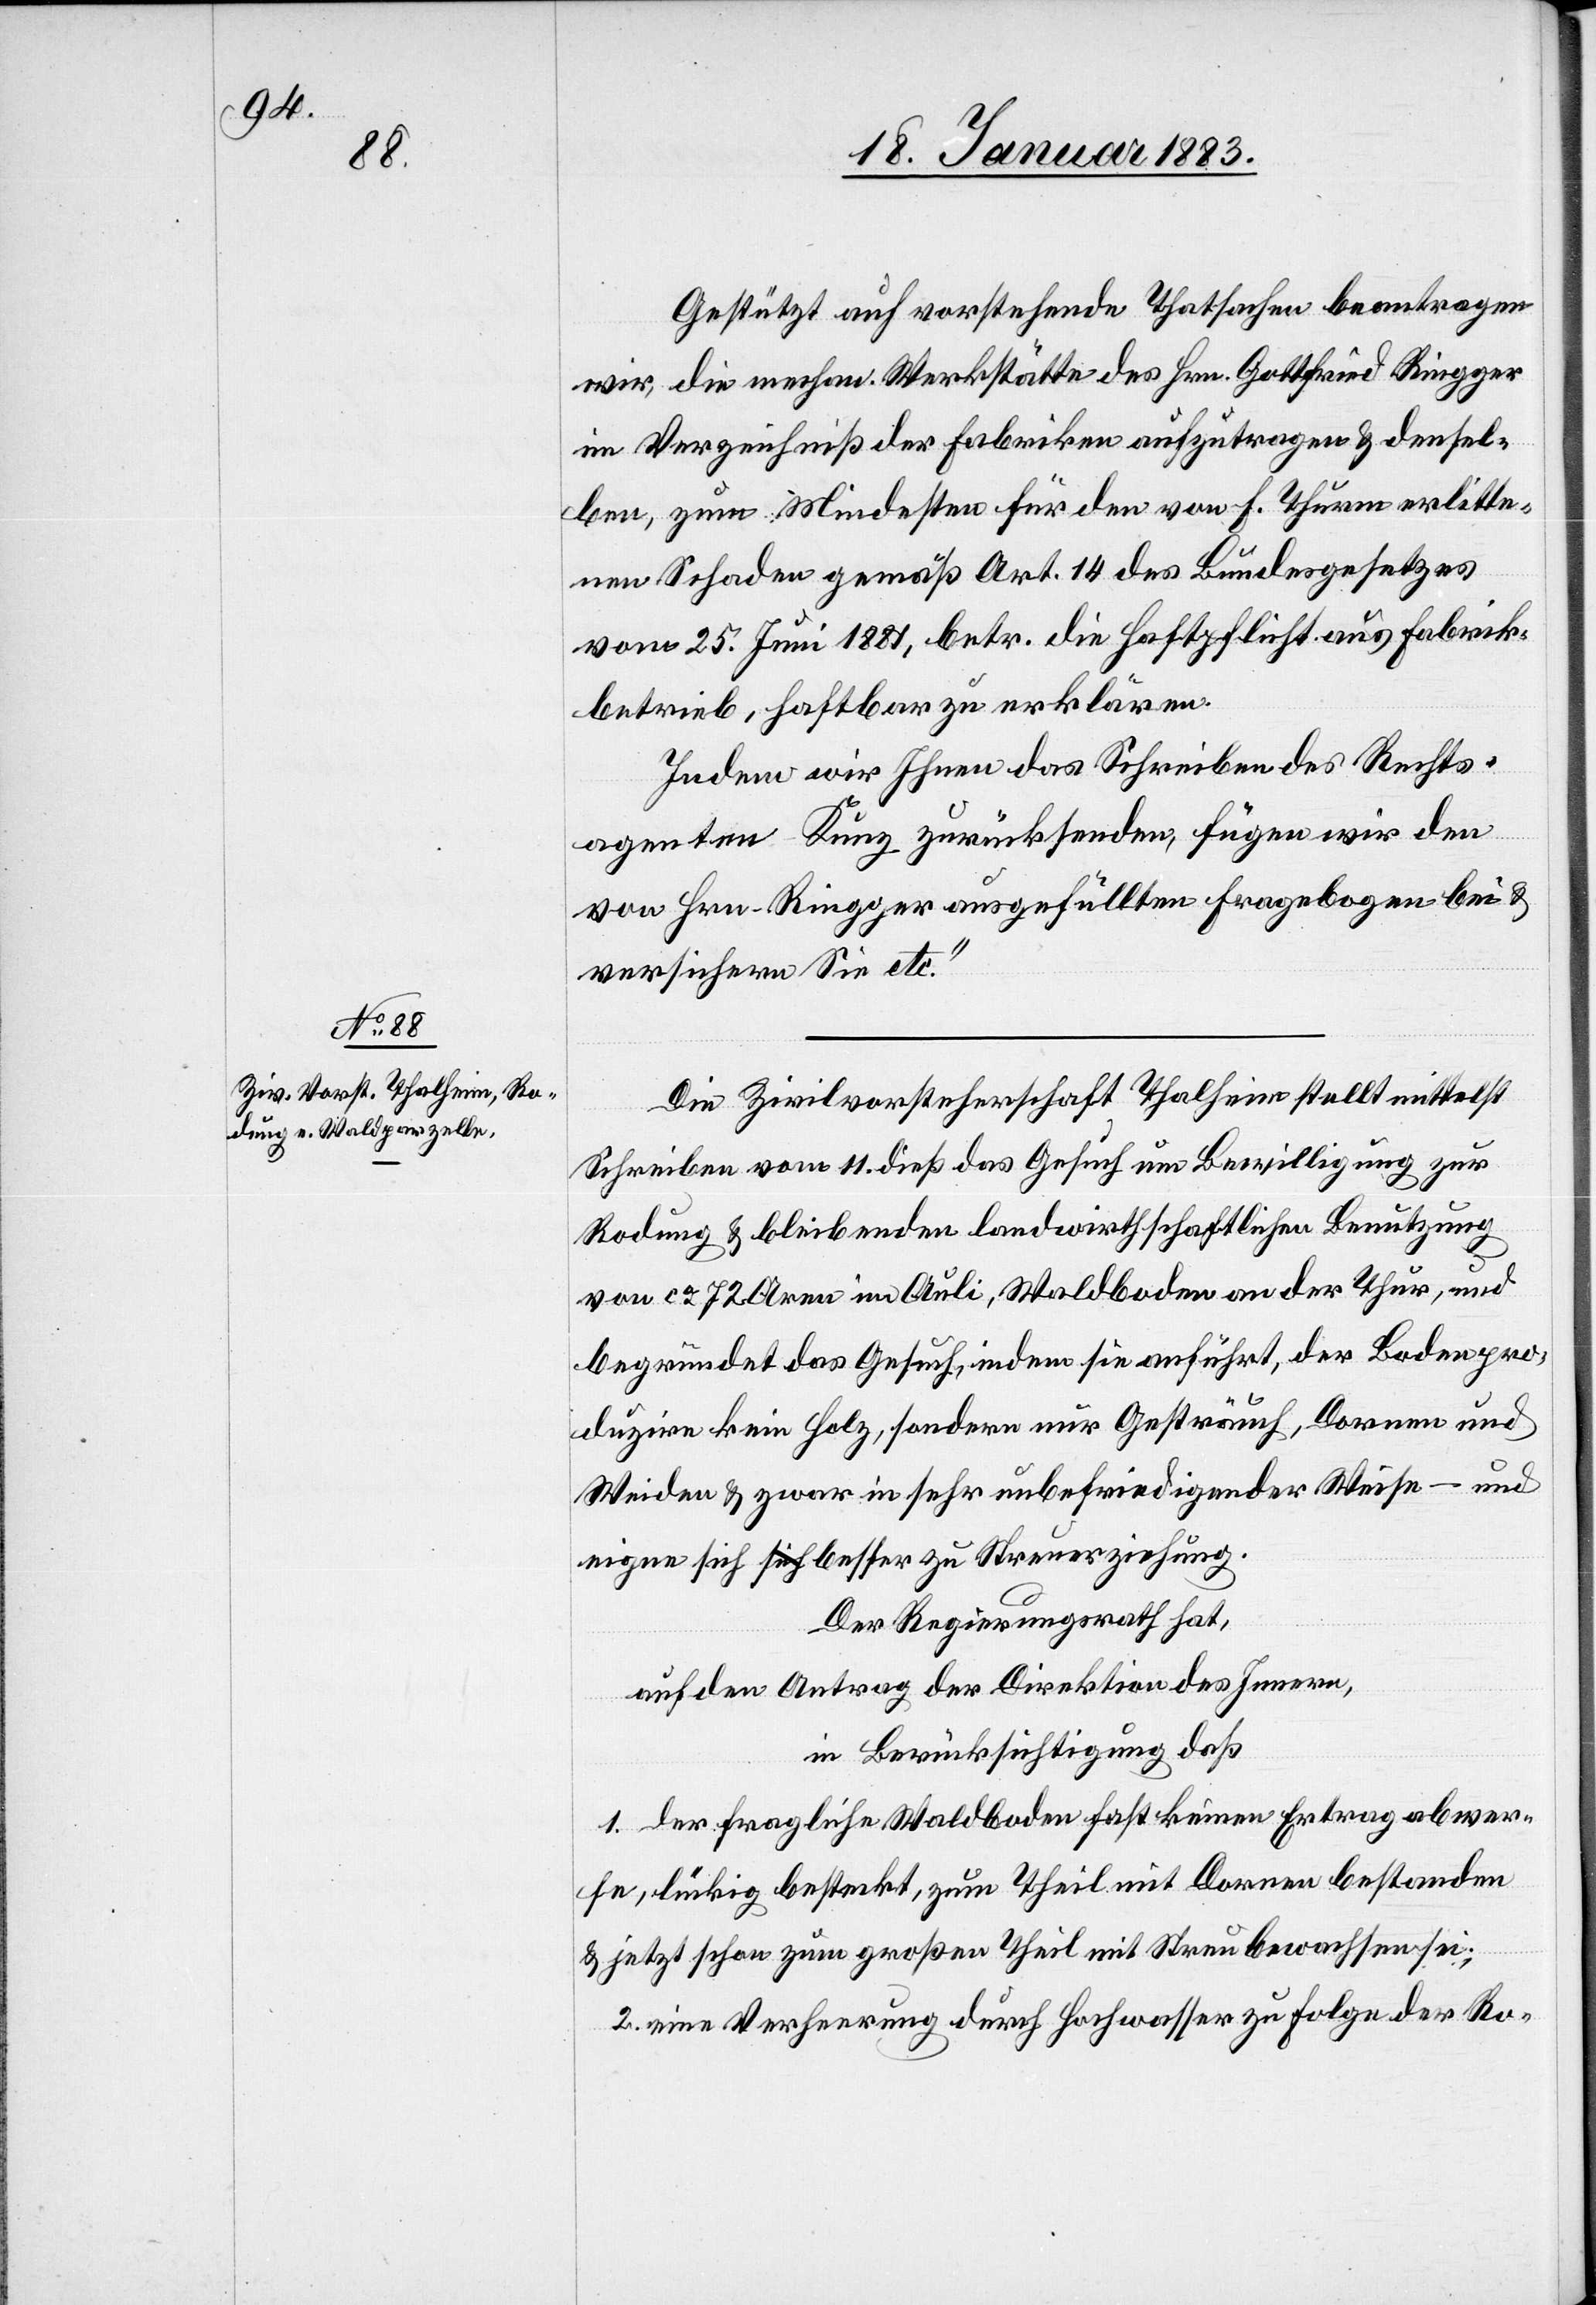
Gestützt auf vorstehende Thatsachen beantragen
wir, die mechan. Werkstätte des Hrn. Gottfried Ringger
im Verzeichniß der Fabriken aufzutragen & densel¬
ben, zum Mindesten für den von F. Thurm erlitte¬
nen Schaden gemäß Art. 14 des Bundesgesetzes
vom 25. Juni 1881, betr. die Haftpflicht aus Fabrik¬
betrieb, haftbar zu machen.
Indem wir Ihnen das Schreiben des Rechts¬
agenten Kunz zurücksenden, fügen wir den
von Hrn. Ringger ausgefüllten Fragebogen bei &
versichern Sie etc.“
Die Zivilvorsteherschaft Thalheim stellt mittelst
Schreiben vom 11. dieß das Gesuch um Bewilligung zur
Rodung & bleibenden landwirthschaftlichen Benutzung
von ca 72 Aren im Auli, Waldboden an der Thur, und
begründet das Gesuch, indem sie anführt, der Boden pro¬
duzire kein Holz, sondern nur Gesträuch, Dornen und
Weiden & zwar in sehr unbefriedigender Weise – und
eigne sich besser zu Streuerziehung.
Der Regierungsrath hat,
auf den Antrag der Direktion des Innern,
in Berücksichtigung daß
1. der fragliche Waldboden fast keinen Ertrag abwer¬
fe, lückig besteckt, zum Theil mit Dornen bestanden
& jetzt schon zum großen Theil mit Streu bewachsen sei;
2. Eine Verheerung durch Hochwasser zu Folge der Ro-